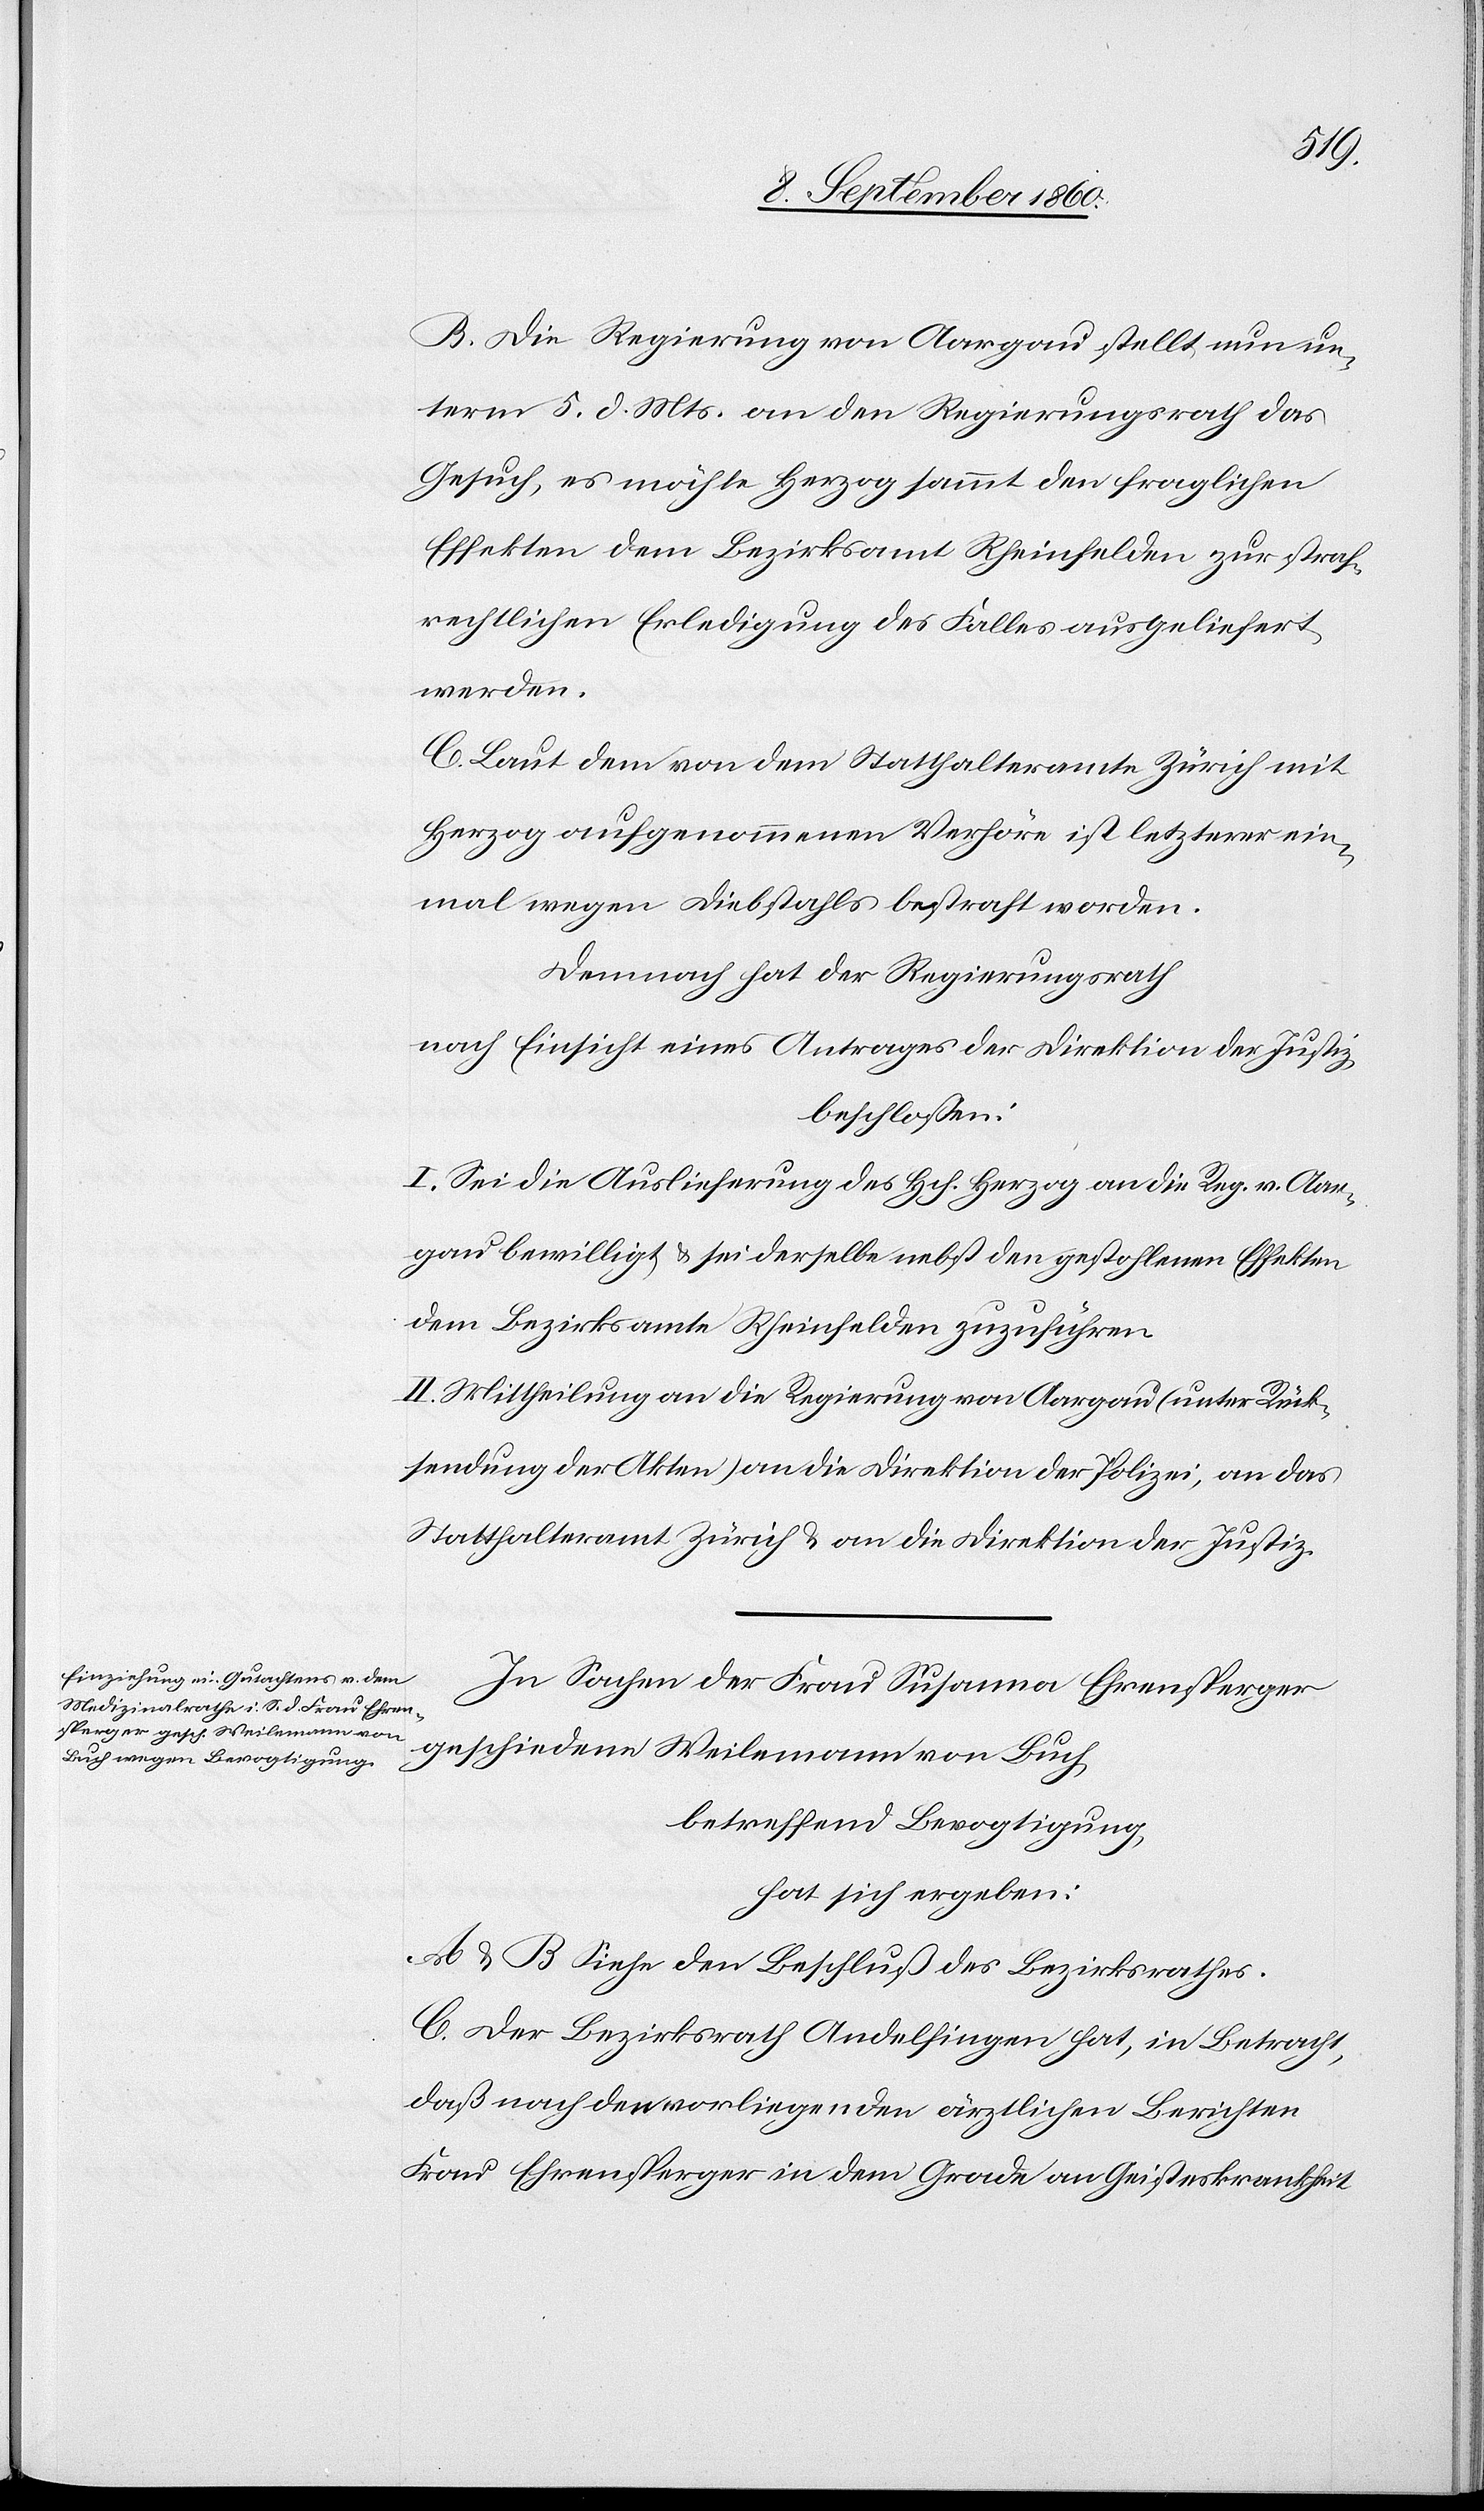
darf,
B. Die Regierung von Aargau stellt nun un¬
term 5. d. Mts. an den Regierungsrath das
Gesuch, es möchte Herzog sammt den fraglichen
Effekten dem Bezirksrath Rheinfelden zur straf¬
rechtlichen Erledigung des Falles ausgeliefert
werden
C. Laut dem von dem Statthalteramte Zürich mit
Herzog aufgenommenen Verhöre ist letzterer ein¬
mal wegen Diebstals bestraft worden.
Demnach hat der Regierungsrath,
nach Einsicht eines Antrages der Direktors der Justiz
beschlossen:
a-I. Sei die Auslieferung des Hch. Herzog an d. Regierung. v. Aar¬
gau bewilligt u. sei derselbe nebst den gestohlenen Effekten
dem Bezirksamt Rheinfelden zuzuführen.-a
II. Mittheilung a) an die Regierung von Aargau (unter Rück¬
stellung der Akten[)], b) an die Direktion der Polizei, c) an das
Statthalteramt Zürich; d) an die Direktion der Justiz.
In Sachen der Frau Susanna Ehrensperger
geschiedene Weilemann von Buch
betreffend Bevogtigung
hat sich ergeben:
A u. B. s. den Beschluss des Bezirksrathes.
C. Der Bezirksrath Andelfingen hat, in Betracht,
dass nach den vorliegenden ärztlichen Berichten
Frau Ehrensperger in dem Grade an Geisteskrankheit